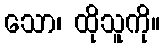
သော၊ ထိုသူကို။